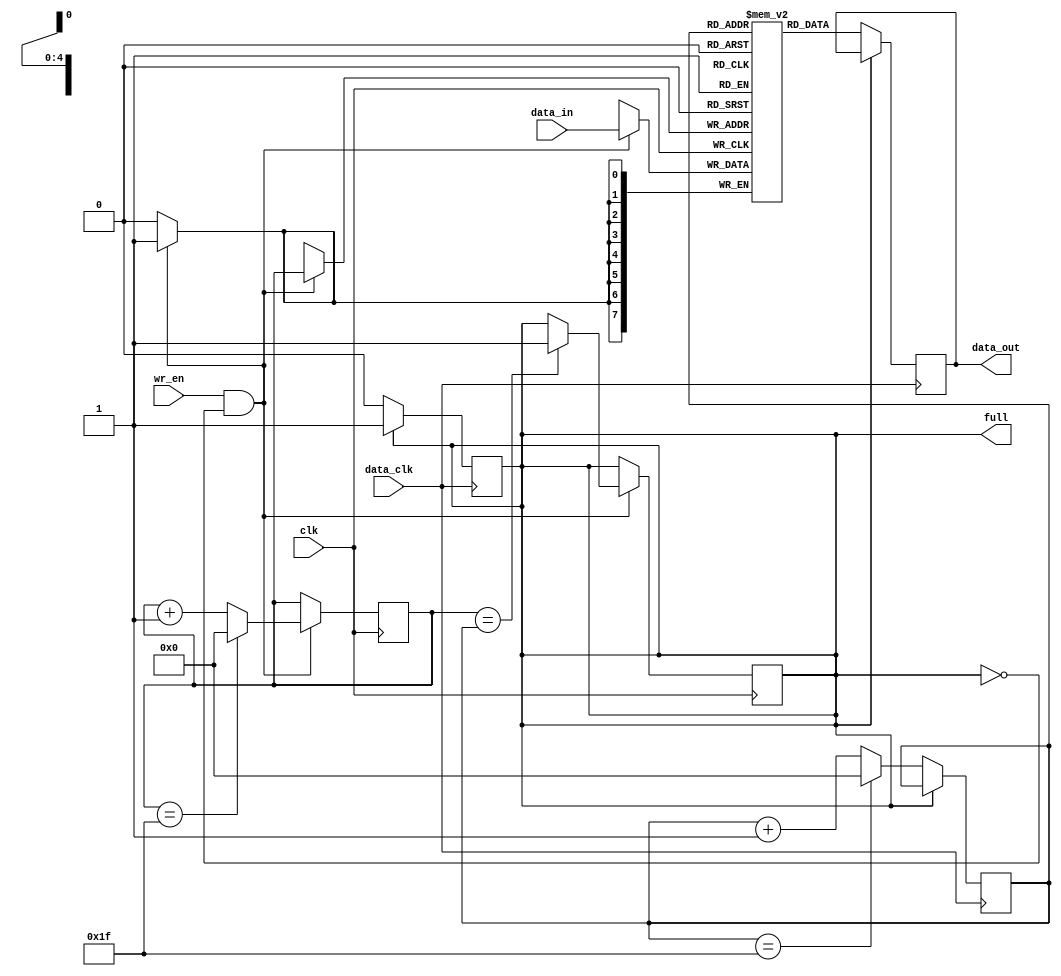
module fifo_buffer (
  input wire clk,
  input wire data_clk,
  input wire [DATA_WIDTH-1:0] data_in,
  input wire wr_en,
  output reg full,
  output reg [DATA_WIDTH-1:0] data_out
);

parameter DATA_WIDTH = 8;
parameter FIFO_DEPTH = 32;

reg [7:0] fifo [0:FIFO_DEPTH-1];
reg [4:0] wr_ptr, rd_ptr;

always @(posedge clk) begin
  if (wr_en && !full) begin
    fifo[wr_ptr] <= data_in;
    wr_ptr <= wr_ptr + 1;
    if (wr_ptr == FIFO_DEPTH-1)
      wr_ptr <= 0;
    if (wr_ptr == rd_ptr)
      full <= 1;
  end
end

always @(posedge data_clk) begin
  if (!full) begin
    data_out <= fifo[rd_ptr];
    rd_ptr <= rd_ptr + 1;
    if (rd_ptr == FIFO_DEPTH-1)
      rd_ptr <= 0;
    full <= 0;
  end
end

endmodule